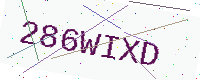
Text: 286WIXD